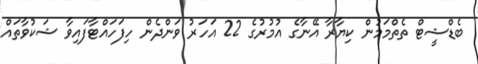
ބެޑްޝީޓް ތެތްމަމުން ކިޔާރާ އޭނާގެ އުމުރުގެ 22 އަހަރު ވަންދެން ހިފަހައްޓާފައިވާ ޝަކުވާތައް